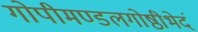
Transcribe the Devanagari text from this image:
गोपीमण्डलगोष्ठीभेदं